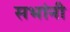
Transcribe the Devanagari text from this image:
सभांनी